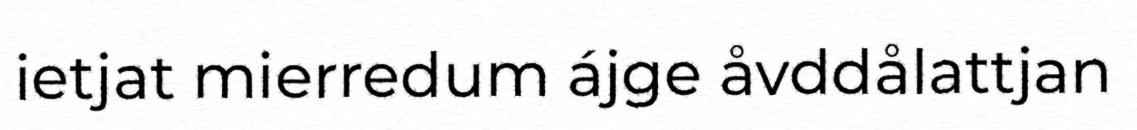
ietjat mierredum ájge åvddålattjan